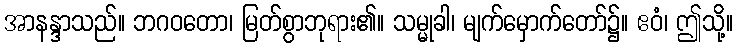
အာနန္ဒာသည်။ ဘဂဝတော၊ မြတ်စွာဘုရား၏။ သမ္မုခါ၊ မျက်မှောက်တော်၌။ ဧဝံ၊ ဤသို့။